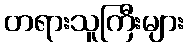
တရားသူကြီးများ